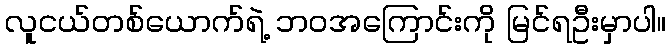
လူငယ်တစ်ယောက်ရဲ့ ဘ၀အကြောင်းကို မြင်ရဦးမှာပါ။